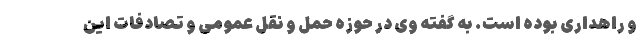
و راهداری بوده است. به گفته وی در حوزه حمل و نقل عمومی و تصادفات این